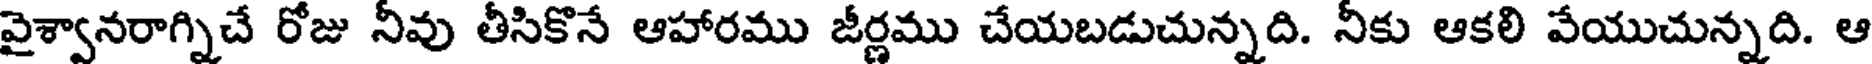
వైశ్వానరాగ్నిచే రోజు నీవు తీసికొనే ఆహారము జీర్ణము చేయబడుచున్నది. నీకు ఆకలి వేయుచున్నది. ఆ